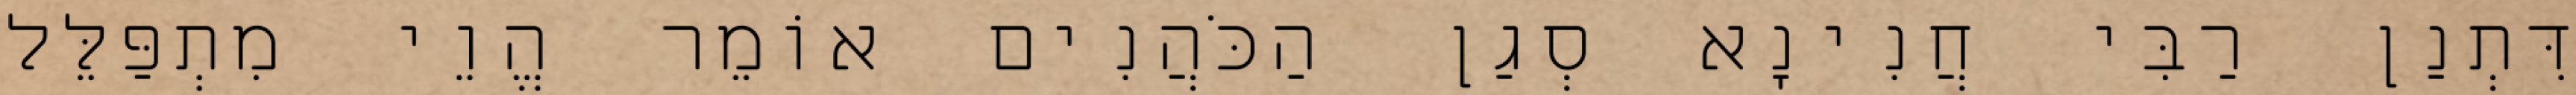
דִּתְנַן רַבִּי חֲנִינָא סְגַן הַכֹּהֲנִים אוֹמֵר הֱוֵי מִתְפַּלֵּל